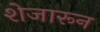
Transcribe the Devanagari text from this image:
शेजारून